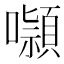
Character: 𭌑